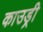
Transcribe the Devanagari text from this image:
काउड्री